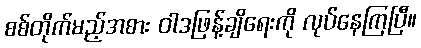
စစ်တိုက်မည့်အစား ဝါဒဖြန့်ချိရေးကို လုပ်နေကြပြီ။